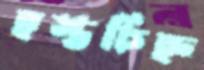
হস্তচিহ্ন